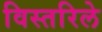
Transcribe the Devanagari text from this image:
विस्तरिले